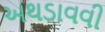
અથડાવવી